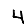
Digit: 4